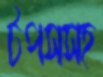
টপসসহ